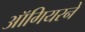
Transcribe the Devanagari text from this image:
ऑगियरने